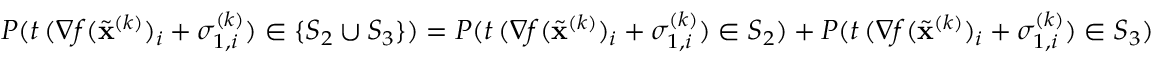
P ( t \, ( \nabla f ( \widetilde \mathbf { x } ^ { ( k ) } ) _ { i } + \sigma _ { 1 , i } ^ { ( k ) } ) \in \{ S _ { 2 } \cup S _ { 3 } \} ) = P ( t \, ( \nabla f ( \widetilde \mathbf { x } ^ { ( k ) } ) _ { i } + \sigma _ { 1 , i } ^ { ( k ) } ) \in S _ { 2 } ) + P ( t \, ( \nabla f ( \widetilde \mathbf { x } ^ { ( k ) } ) _ { i } + \sigma _ { 1 , i } ^ { ( k ) } ) \in S _ { 3 } )